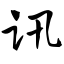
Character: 讯